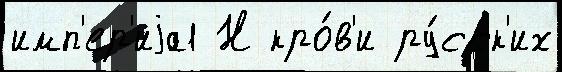
имп'ер'иjа1 Н кро́в'и ру́сск'их